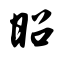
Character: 昭